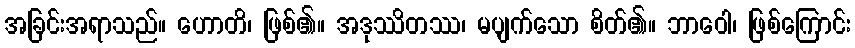
အခြင်းအရာသည်။ ဟောတိ၊ ဖြစ်၏။ အဒုဿိတဿ၊ မပျက်သော စိတ်၏။ ဘာဝေါ၊ ဖြစ်ကြောင်း